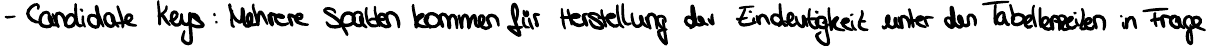
- Candidate Keys : Mehrere Spalten kommen für Herstellung der Eindeutigkeit unter den Tabellenzeilen in Frage